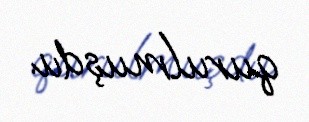
qurulmuşdu.